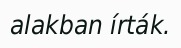
alakban írták.